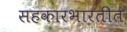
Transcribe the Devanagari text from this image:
सहकारभारतीत